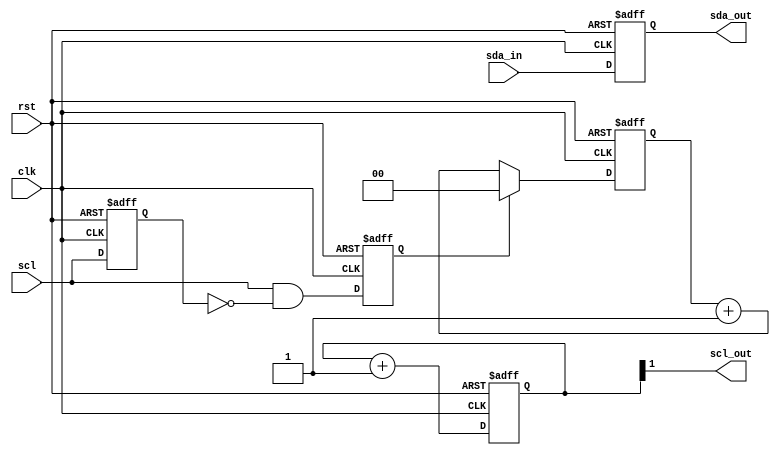
module i2c_timing_control_and_sync (
    input wire clk,
    input wire rst,
    input wire scl,
    input wire sda_in,
    output wire sda_out,
    output wire scl_out
);

// Clock signal generation
reg [1:0] clk_counter;
always @(posedge clk or posedge rst) begin
    if (rst) begin
        clk_counter <= 2'b00;
    end else begin
        clk_counter <= clk_counter + 1;
    end
end
assign scl_out = (clk_counter[1]);

// Clock recovery
reg prev_scl;
reg scl_edge_detected;
always @(posedge clk or posedge rst) begin
    if (rst) begin
        prev_scl <= 1'b0;
        scl_edge_detected <= 1'b0;
    end else begin
        prev_scl <= scl;
        scl_edge_detected <= (scl && !prev_scl);
    end
end

// Data sampling and edge detection
reg [1:0] data_sample_counter;
always @(posedge clk or posedge rst) begin
    if (rst) begin
        data_sample_counter <= 2'b00;
    end else if (scl_edge_detected) begin
        data_sample_counter <= 2'b00;
    end else begin
        data_sample_counter <= data_sample_counter + 1;
    end
end
assign sda_out = (data_sample_counter[1]);

// synchronization of data signals
always @(posedge clk or posedge rst) begin
    if (rst) begin
        sda_out <= 1'b0;
    end else begin
        sda_out <= sda_in;
    end
end

endmodule